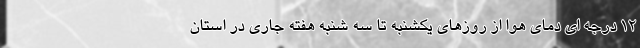
۱۲ درجه ای دمای هوا از روزهای یکشنبه تا سه شنبه هفته جاری در استان